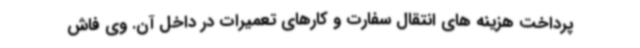
پرداخت هزینه های انتقال سفارت و کارهای تعمیرات در داخل آن. وی فاش